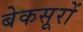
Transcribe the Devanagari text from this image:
बेकसूरों